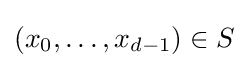
(x_{0},\dots ,x_{d-1})\in S